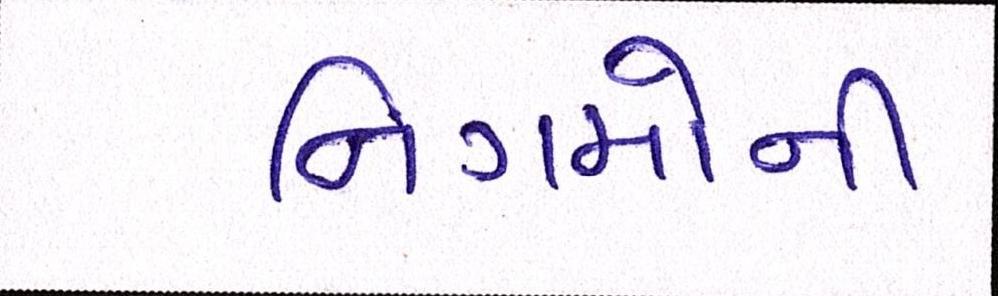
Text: નિગમોની